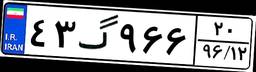
۵۲گ۳۵۲۸۳